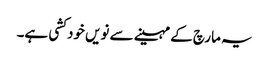
یہ مارچ کے مہینے سے نویں خود کشی ہے۔